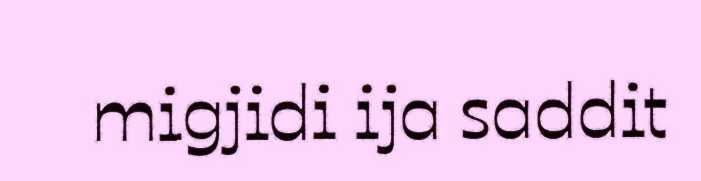
migjidi ija saddit